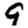
Digit: 9